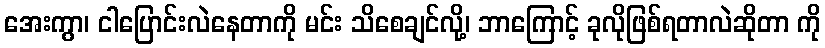
အေးကွာ၊ ငါပြောင်းလဲနေတာကို မင်း သိစေချင်လို့၊ ဘာကြောင့် ခုလိုဖြစ်ရတာလဲဆိုတာ ကို